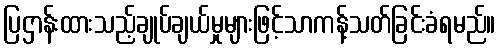
ပြဌာန်းထားသည့်ချုပ်ချယ်မှုများဖြင့်သာကန့်သတ်ခြင်းခံရမည်။